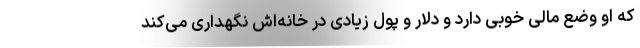
که او وضع مالی خوبی دارد و دلار و پول زیادی در خانه‌اش نگهداری می‌کند